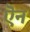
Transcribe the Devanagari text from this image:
ऎन